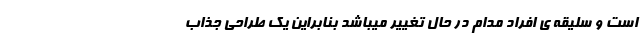
است و سلیقه ی افراد مدام در حال تغییر میباشد بنابراین یک طراحی جذاب